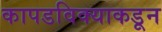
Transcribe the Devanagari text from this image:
कापडविक्याकडून